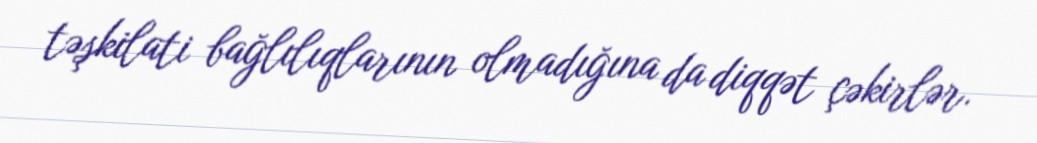
təşkilati bağlılıqlarının olmadığına da diqqət çəkirlər.